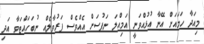
މިއަދާ ހަމައަށް އޭނާ އުޅުއްވަނީ އަމިއްލަ ނަފުސަށް އެއްވެސް ފަރުވާލެއް ނުބަހައްޓަވާ އަދި